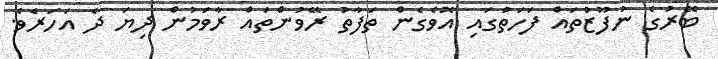
ބޭރުގެ ނުފޫޒުތައް ފަހަތުގައި އޮވެގެން ތަފާތު ރޭވުންތައް ރާވަމުން ދިޔަ ދެ އަހަރެވެ.